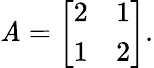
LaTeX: \mathit{A}={\left[\begin{array}{ll}{2}&{1}\\ {1}&{2}\end{array}\right]}.